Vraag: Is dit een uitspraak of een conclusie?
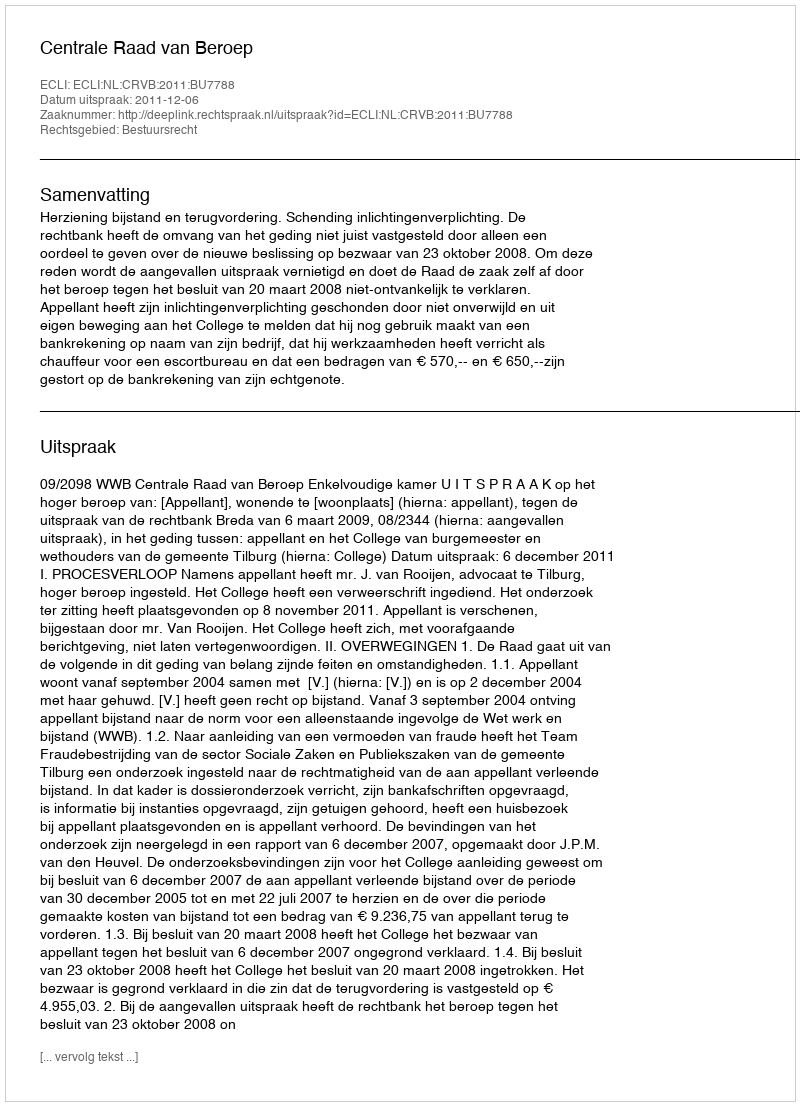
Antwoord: Uitspraak